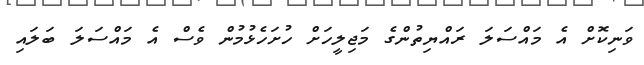
ވަނިކޮށް އެ މައްސަލަ ރައްޔިތުންގެ މަޖިލީހަށް ހުށަހެޅުމުން ވެސް އެ މައްސަލަ ބަލައި